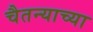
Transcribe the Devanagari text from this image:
चैतन्याच्या